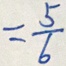
= \frac { 5 } { 6 }